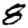
Digit: 8